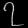
Digit: ၇